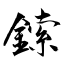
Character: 鎍